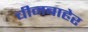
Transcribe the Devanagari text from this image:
चीनबाहेर